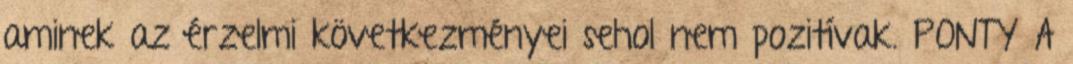
aminek az érzelmi következményei sehol nem pozitívak. PONTY A